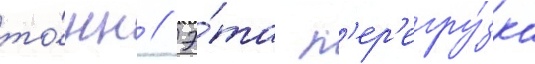
то́нн // Э́та п'ер'егру́зка